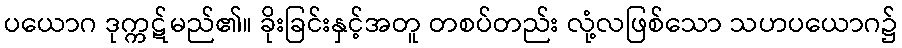
ပယောဂ ဒုက္ကဋ်မည်၏။ ခိုးခြင်းနှင့်အတူ တစပ်တည်း လုံ့လဖြစ်သော သဟပယောဂ၌